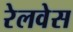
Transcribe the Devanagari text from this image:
रेलवेस